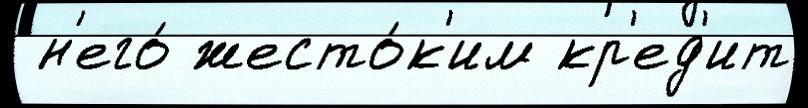
 н'его́ жесто́к'им кр'ед'ит